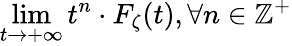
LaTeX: \operatorname*{lim}_{t\to+\infty}t^{n}\cdot F_{\zeta}(t),\forall n\in\mathbb{Z}^{+}